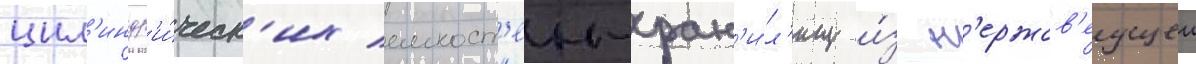
цил'индр'и́ческ'их емкост'еи-хран'и́л'ищ и́з н'ержав'еущеи